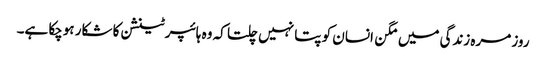
روز مرہ زندگی میں مگن انسان کو پتا نہیں چلتا کہ وہ ہائپرٹینشن کا شکار ہوچکا ہے۔